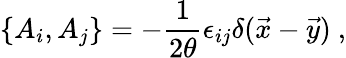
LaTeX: \{ A_{i},A_{j}\} =-{\frac{1}{2\theta}}\epsilon_{ij}\delta(\vec{x}-\vec{y})~,